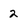
Character: 2